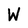
Character: W